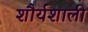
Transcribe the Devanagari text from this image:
शौर्यशाली